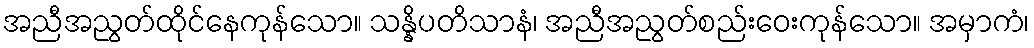
အညီအညွတ်ထိုင်နေကုန်သော။ သန္နိပတိသာနံ၊ အညီအညွတ်စည်းဝေးကုန်သော။ အမှာကံ၊